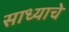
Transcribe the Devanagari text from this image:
साध्याचे